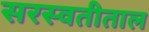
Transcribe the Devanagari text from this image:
सरस्वतीताल